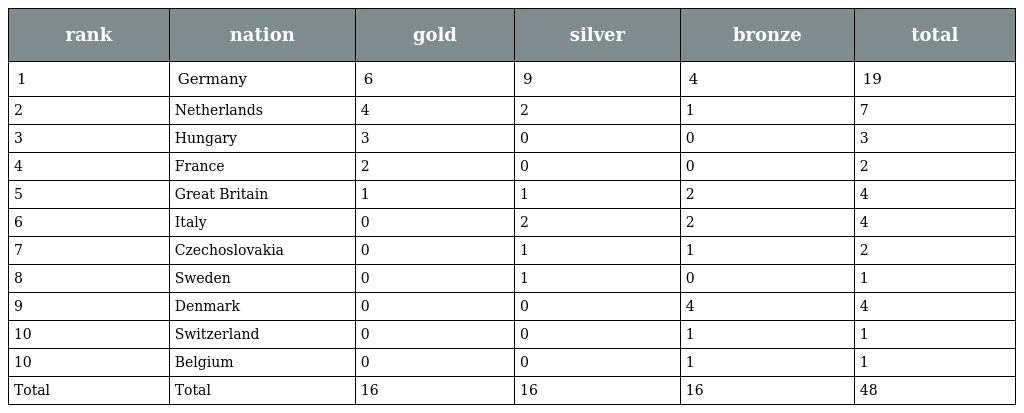
| rank | nation | gold | silver | bronze | total |
 | --- | --- | --- | --- | --- | --- |
 | 1 | Germany | 6 | 9 | 4 | 19 |
 | 2 | Netherlands | 4 | 2 | 1 | 7 |
 | 3 | Hungary | 3 | 0 | 0 | 3 |
 | 4 | France | 2 | 0 | 0 | 2 |
 | 5 | Great Britain | 1 | 1 | 2 | 4 |
 | 6 | Italy | 0 | 2 | 2 | 4 |
 | 7 | Czechoslovakia | 0 | 1 | 1 | 2 |
 | 8 | Sweden | 0 | 1 | 0 | 1 |
 | 9 | Denmark | 0 | 0 | 4 | 4 |
 | 10 | Switzerland | 0 | 0 | 1 | 1 |
 | 10 | Belgium | 0 | 0 | 1 | 1 |
 | Total | Total | 16 | 16 | 16 | 48 |